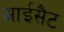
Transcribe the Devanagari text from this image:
आईसैट